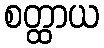
စတ္ထာယ